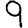
Digit: 9